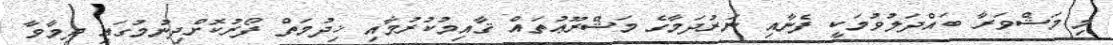
މި މަޝްވަރާ ބައްދަލުވުމަކީ ފެނާއި ނަރުދަމާގެ މަޝްރޫޢުތައް ޤާއިމުކުރުމާއި ޚިދުމަތް ފޯރުކޮށްދިނުމުގައި ދިމާވާ